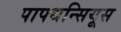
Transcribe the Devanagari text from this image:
पापथन्सियूस